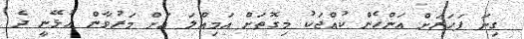
ގިނަ ފަހަރަށް އަންހެން ކުއްޖަކު މިގޮތަށް އަމިއްލަ އަށް މަރުވާން އުޅޭނީ ދެ